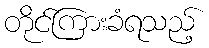
တိုင်ကြားခံရသည့်